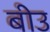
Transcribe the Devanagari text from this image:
बीउ